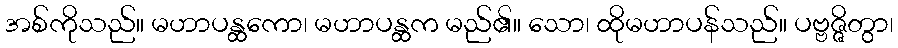
အစ်ကိုသည်။ မဟာပန္ထကော၊ မဟာပန္ထက မည်၏။ သော၊ ထိုမဟာပန်သည်။ ပဗ္ဗဇ္ဇိတွာ၊